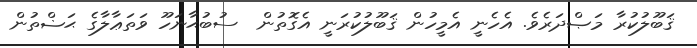
ޤަބޫލުކުރާ މަޞްދަރެވެ. އެހެނީ އެމީހުން ޤަބޫލުކުރަނީ އެގޮތުން  ސުބުޙާނަހޫ ވަތަޢާލާގެ ޙަޟްތުން